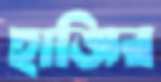
হাজির